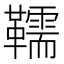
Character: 𩍥